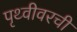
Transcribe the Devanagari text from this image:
पृथ्वीवरची